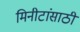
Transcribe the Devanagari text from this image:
मिनीटांसाठी